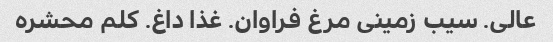
عالی. سیب زمینی مرغ فراوان. غذا داغ. کلم محشره